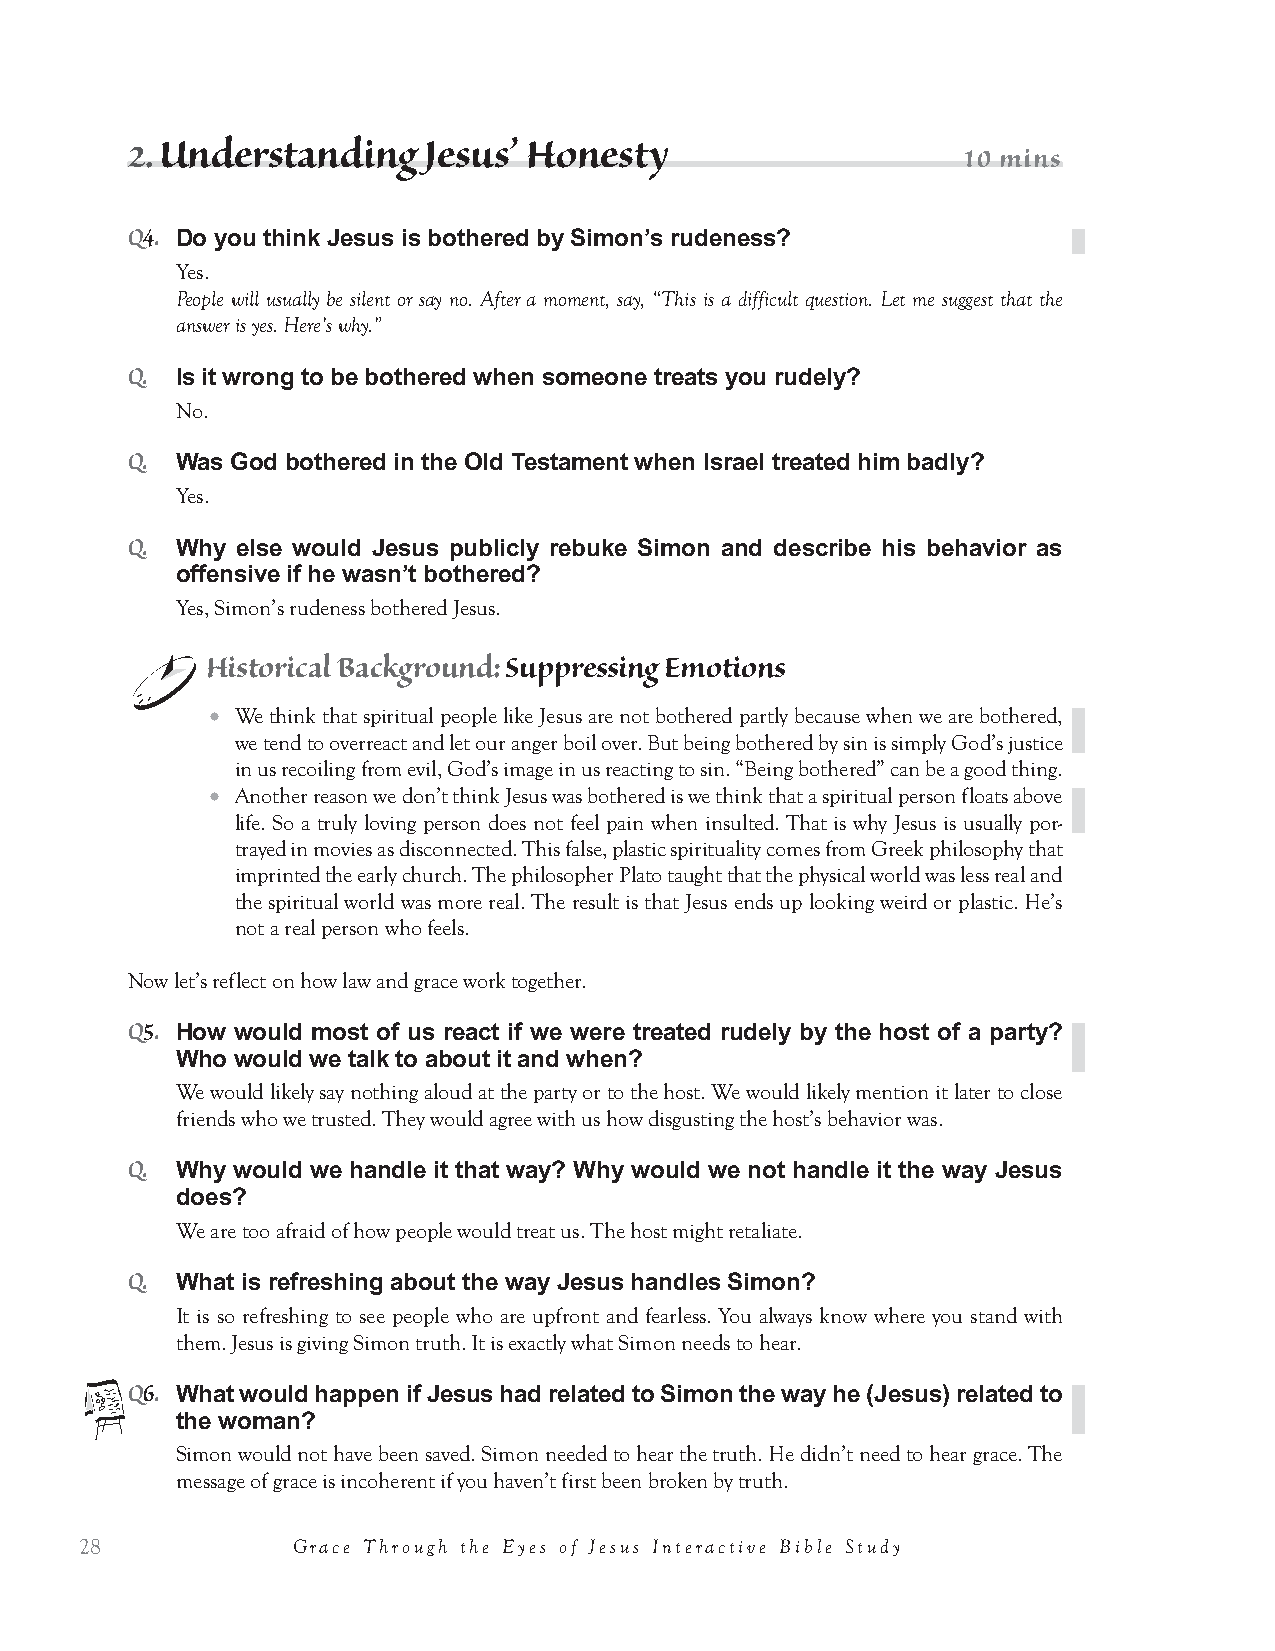
LL         33
 EESSSSOONN
 TTrruutthh   ffoorr aa GGrraaccee--lleessss   MMaann
 Read Luke 7:44-50
 Re-read 7:36-43 for review. Review the last two lessons.
 44 Then turning toward the woman he said to Simon, “Do you see this woman? I entered your house; you gave
 me no water for my feet, but she has wet my feet with her tears and wiped them with her hair. 45 You gave me
 no kiss, but from the time I came in she has not ceased to kiss my feet. 46 You did not anoint my head with
 oil, but she has anointed my feet with ointment.
 47 Therefore I tell you, her sins, which are many, are forgiven—for she loved much. But he who is forgiven
 little, loves little.” 48 And he said to her, “Your sins are forgiven.” 49 Then those who were at table with him
 began to say among themselves, “Who is this, who even forgives sins?” 50 And he said to the woman, “Your
 faith has saved you; go in peace.”
 1. Jesus’ Honesty  with  Simon                         15 mins
 Q1.
 What is Jesus doing in vv. 44-46?
 Rebuking Simon and honoring the woman.
 1
 Historical Background: Welcoming a Guest
 ● Jesus begins his rebuke with, “I entered your house.” That is a formal cultural statement that
 says, “I became your guest. As your guest, I should have been treated with respect.”
 ● Oil was relatively cheap. Israel was a center of olive oil production, used for cooking, lighting,
 washing, and anointing. Perfume, on the other hand, was expensive.
 ● Feet and shoes, to this day, are a sign of degradation in the Middle East. In the Old Testament
 when another king was subjected, he would literally be used as a footstool. An angry Iraqi threw
 his shoe at President George W. Bush to show his disdain for him.
 1 Kenneth E. Bailey, Poet & Peasant, and Through Peasant Eyes: A Literary-Cultural Approach to the Parables in Luke (Grand Rapids, MI:
 William B Eerdmans Publishing Company, 1983), 16.
 Lesson 3: Truth for a Grace-less Man
 25